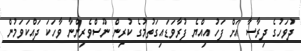
ދުވަހުގެ ދިރާސާ އަށް ފަހު އިއްޔެ ފުރާވަޑައިގަތުމުގެ ކުރިން ނޫސްވެރިންނާ ވާހަކަ ދައްކަވަމުން